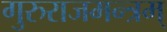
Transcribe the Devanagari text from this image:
गुरुराजमन्त्रम्